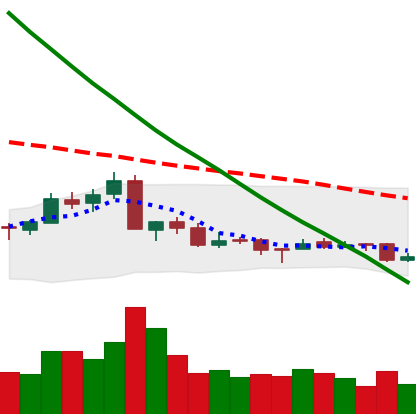
Ticker: NEO-USD
Chart end date: 2018-09-18
Forward return: 14.677%
Label: up_7plus